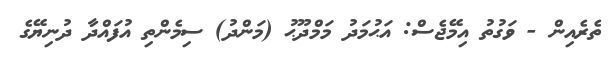
ތެރެއިން - ވަގުތު އިމޭޖެސް: އަޙުމަދު މަމްދޫޙު (މަންދު) ސިމެންތި އުފައްދާ ދުނިޔޭގެ